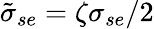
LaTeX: \tilde{\sigma}_{se}=\zeta\sigma_{se}/2